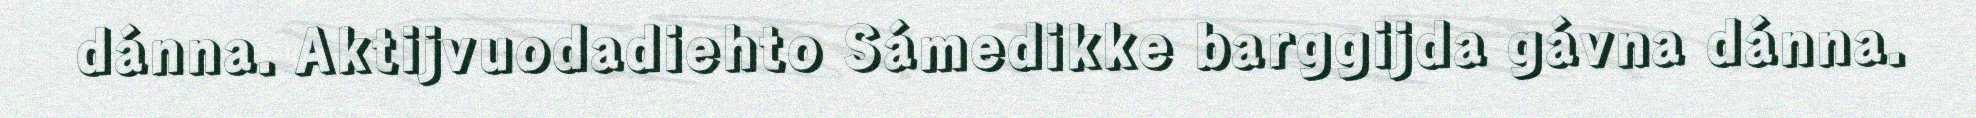
dánna. Aktijvuodadiehto Sámedikke barggijda gávna dánna.